Report on vaccination in Madras 1895-1903 - 1895-1903
Year: 1895
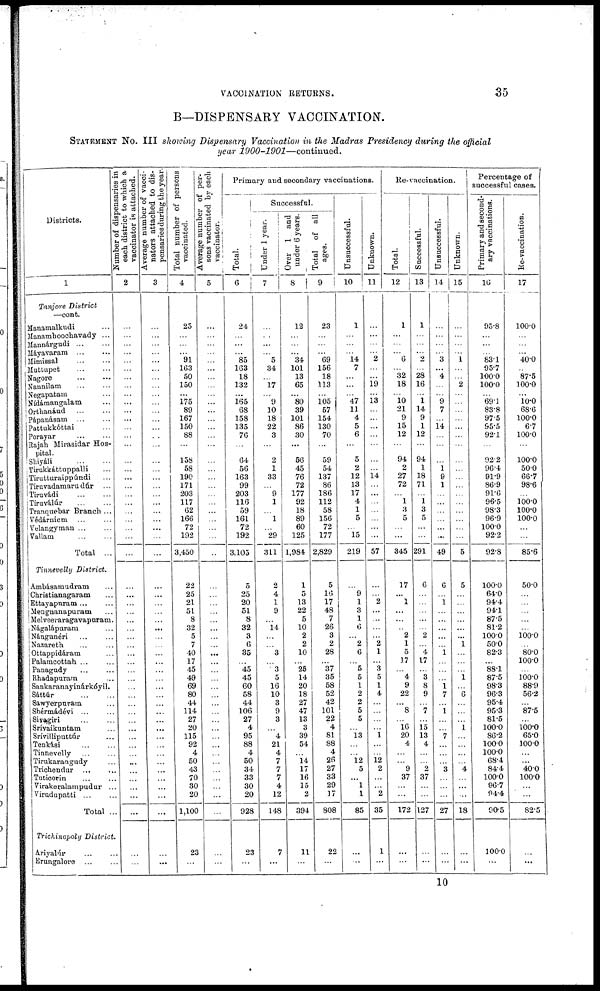
VACCINATION RETURNS.
35
B—DISPENSARY VACCINATION.
STATEMENT No. III showing Dispensary Vaccination in the Madras Presidency during the official
year 1900-1901—continued.
Districts.
1
Tanjore District
—cont.
Manamalkudi ...
Manamboochavady ...
Mannárgudi
...
...
Máyavaram ... ...
Mimissal ... ...
Muttupet
...
...
Nagore
...
...
Nannilam ... ...
Negapatam ...
Nídámangalam ...
Orthanáud
...
...
Pápanásam ... ...
Pattukkóttai ...
Porayar
...
...
Rajah Mirasidar Hos-
pital.
Shiyáli
...
...
Tirukkáttuppalli ...
Tirutturaippúndi ...
Tiruvadamarudúr ...
Tiruvádi
...
...
Tiruválúr ... ...
Tranquebar Branch ...
Védárniem ... ...
Velangyman ... ...
Vallam ... ...
Total ...
Tinnevelly District.
Ambásamudram ...
Christianagaram ...
Ettayapuram ... ...
Mengnanapuram ...
Melveeraragavapuram.
Nágalápuram ...
Nángunéri ... ...
Nazareth ... ...
Ottappidáram ...
Palamcottah ... ...
Panagudy ... ...
Rhadapuram ...
Sankaranayinárkóyil.
Sáttúr
...
...
Sawyerpuram ...
Shérmádévi ... ...
Sivagiri ... ...
Srívaikuntam ...
Srívilliputtúr ...
Tenkási
...
...
Tinnevelly
...
...
Tirukarangudy ...
Trichendur
...
...
Tuticorin ... ...
Virakeralampudur ...
Virudupatti
...
...
Total ...
Trichinopoly District.
Ariyalúr ... ...
Erungalore
...
...
Number of dispensaries in
each district to which a
vaccinator is attached.
2
...
...
...
...
...
...
...
...
...
...
...
...
...
...
...
...
...
...
...
...
...
...
...
...
...
...
...
...
...
...
...
...
...
...
...
...
...
...
...
...
...
...
...
...
...
...
...
...
...
...
...
...
...
...
...
Average number of vacci-
nators attached to dis-
pensaries during the year.
3
...
...
...
...
...
...
...
...
...
...
...
...
...
...
...
...
...
...
...
...
...
...
...
...
...
...
...
...
...
...
...
...
...
...
...
...
...
...
...
...
...
...
...
...
...
...
...
...
...
...
...
...
...
...
...
Total number of persons
vaccinated.
4
25
...
...
... 91
163
50
150
...
175
89
167
150
88
...
158
58
190
171
203
117
62
166
72
192
3,450
22
25
21
51
8
32
5
7
40
17
45
49
69
80
44
114
27
20
115
92
4
50
43
70
30
20
1,100
23
...
Average number of per-
sons vaccinated by each
vaccinator.
5
...
...
...
...
...
...
...
...
...
...
...
...
...
...
...
...
...
...
...
...
...
...
...
...
...
...
...
...
...
...
...
...
...
...
...
...
...
...
...
...
...
...
...
...
...
...
...
...
...
...
...
...
...
...
...
Primary and secondary vaccinations.
Total.
6
24
...
...
...
85
163
18
132
...
165
68
158
135
76
...
64
56
163
99
203
116
59
161
72
192
3,105
5
25
20
51
8
32
3
6
35
...
45
45
60
58
44
106
27
4
95
88
4
50
34
33
30
20
928
23
...
Successful.
Under 1 year.
7
...
...
...
... 5
34
...
17
...
9
10
18
22
3
...
2
1
33
...
9
1
...
1
...
29
311
2
4
1
9
...
14
...
...
3
...
3
5
16
10
3
9
3
...
4
21
4
7
7
7
4
12
148
7
...
Over 1 and
under 6 years.
8
12
...
...
... 34
101
13
65
...
80
39
101
86
30
...
56
45
76
72
177
92
18
89
60
125
1,984
1
5
13
22
5
10
2
2
10
...
25
14
20
18
27
47
13
3
39
54
...
14
17
16
15
2
394
11
...
Total of all
ages.
9
23
...
...
... 69
156
18
113
...
105
57
154
130
70
...
59
54
137
86
186
112
58
156
72
177
2,829
5
16
17
48
7
26
3
2
28
...
37
35
58
52
42
101
22
4
81
88
4
26
27
33
29
17
808
22
...
Unsuccessful.
10
1
...
...
... 14
7
...
...
...
47
11
4
5
6
...
5
2
12
13
17
4
1
5
...
15
219
...
9
1
3
1
6
...
2
6
...
5
5
1
2
2
5
5
...
13
...
...
12
5
...
1
1
85
...
...
Unknown.
11
...
...
...
... 2
...
...
19
...
13
...
...
...
...
...
...
...
14
...
...
...
...
...
...
...
57
...
...
2
...
...
...
...
2
1
...
3
5
1
4
...
...
...
...
1
...
...
12
2
...
...
2
35
1
...
Re- vaccination.
Total.
12
1
...
...
... 6
...
32
18
...
10
21
9
15
12
...
94
2
27
72
...
1
3
5
...
...
345
17
...
1
...
...
...
2
1
5
17
...
4
9
22
...
8
...
16 20
4
...
...
9
37
...
...
172
...
...
Successful.
13
1
...
...
...
2
...
28
16
...
1
14
9
1
12
...
94
1
18
71
...
1
3
5
...
...
291
6
...
...
...
...
...
2
...
4
17
...
3
8
9
...
7
...
15
13
4
...
...
2
37
...
...
127
...
...
Unsuccessful.
14
...
...
...
... 3
...
4
...
...
9
7
...
14
...
...
...
1
9
1
...
...
...
...
...
...
49
6
...
1
...
...
...
...
...
1
...
...
...
1
7
...
1
...
...
7
...
...
...
3
...
...
...
27
...
...
Unknown.
15
...
...
...
...
1
...
...
2
...
...
...
...
...
...
...
...
...
...
...
...
...
...
...
...
...
5
5
...
...
...
...
...
...
1
...
...
...
1
...
6
...
...
...
1
...
...
...
...
4
...
...
...
18
...
...
Percentage of
successful cases.
Primary and second-
ary vaccinations.
16
95.8
...
...
... 83.1
95.7
100.0
100.0
...
69.1
83.8
97.5
95.5
92.1
...
92.2
96.4
91.9
86.9
91.6
96.5
98.3
96.9
100.0
92.2
92.8
100.0
64.0
94.4
94.1
87.5
81.2
100.0
50.0
82.3
...
88.1
87.5
98.3
96.3
95.4
95.3
81.5
100.0
86.2
100.0
100.0
68.4
84.4
100.0
96.7
94.4
90.5
100.0
...
Re-vaccination.
17
100.0
...
...
...
40.0
...
87.5
100.0
...
10.0
68.6
100.0
6.7
100.0
...
100.0
50.0
66.7
98.6
...
100.0
100.0
100.0
...
...
85.6
50.0
...
...
...
...
...
100.0
...
80.0
100.0
...
100.0
88.9
56.2
...
87.5
...
100.0
65.0
100.0
...
...
40.0
100.0
...
...
82.5
...
...
10